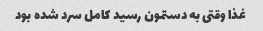
غذا وقتی به دستمون رسید کامل سرد شده بود